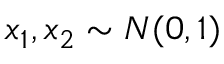
x _ { 1 } , x _ { 2 } \sim N ( 0 , 1 )